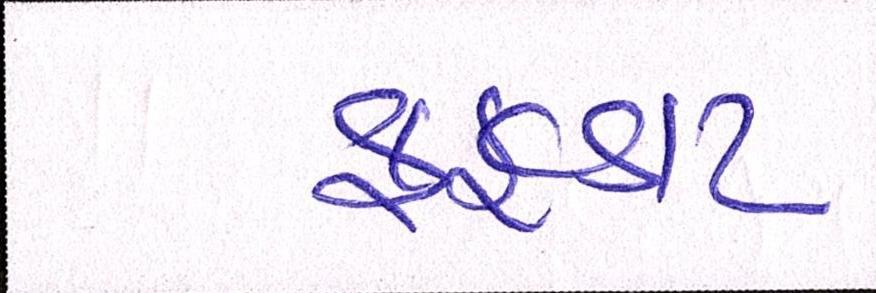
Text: ફફડાટ